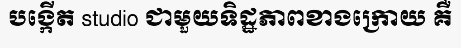
បង្កើត studio ជាមួយទិដ្ឋភាពខាងក្រោយ គឺ